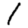
Digit: 1